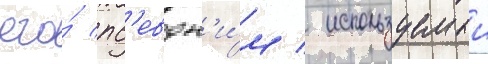
его́ пс'евдон'и́м / используемыи